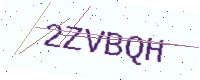
Text: 2ZVBQH